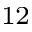
^ { 1 2 }